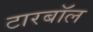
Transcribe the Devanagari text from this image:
टारबॉल